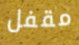
مقفل